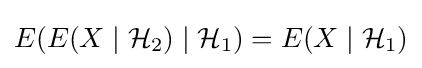
E(E(X\mid {\mathcal {H}}_{2})\mid {\mathcal {H}}_{1})=E(X\mid {\mathcal {H}}_{1})